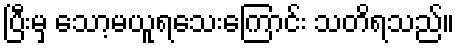
ပြီးမှ သော့မယူရသေးကြောင်း သတိရသည်။